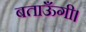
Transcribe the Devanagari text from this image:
बताऊँगी।